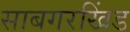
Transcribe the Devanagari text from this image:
साबगरखिंड